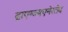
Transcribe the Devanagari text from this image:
द्राएग्ज्यएनेरतेद